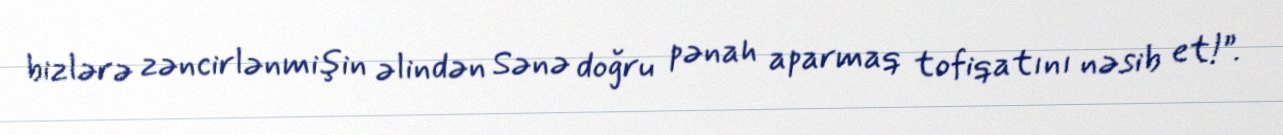
bizlərə zəncirlənmişin əlindən Sənə doğru pənah aparmaq tofiqatını nəsib et!”.